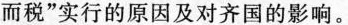
而税”实行的原因及对齐国的影响。